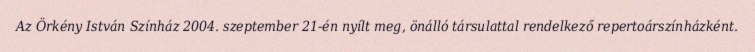
Az Örkény István Színház 2004. szeptember 21-én nyílt meg, önálló társulattal rendelkező repertoárszínházként.